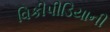
વિકીપીડિયાની